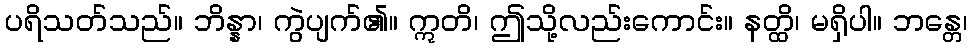
ပရိသတ်သည်။ ဘိန္နာ၊ ကွဲပျက်၏။ ဣတိ၊ ဤသို့လည်းကောင်း။ နတ္ထိ၊ မရှိပါ။ ဘန္တေ၊